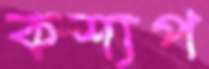
কশ্যপ